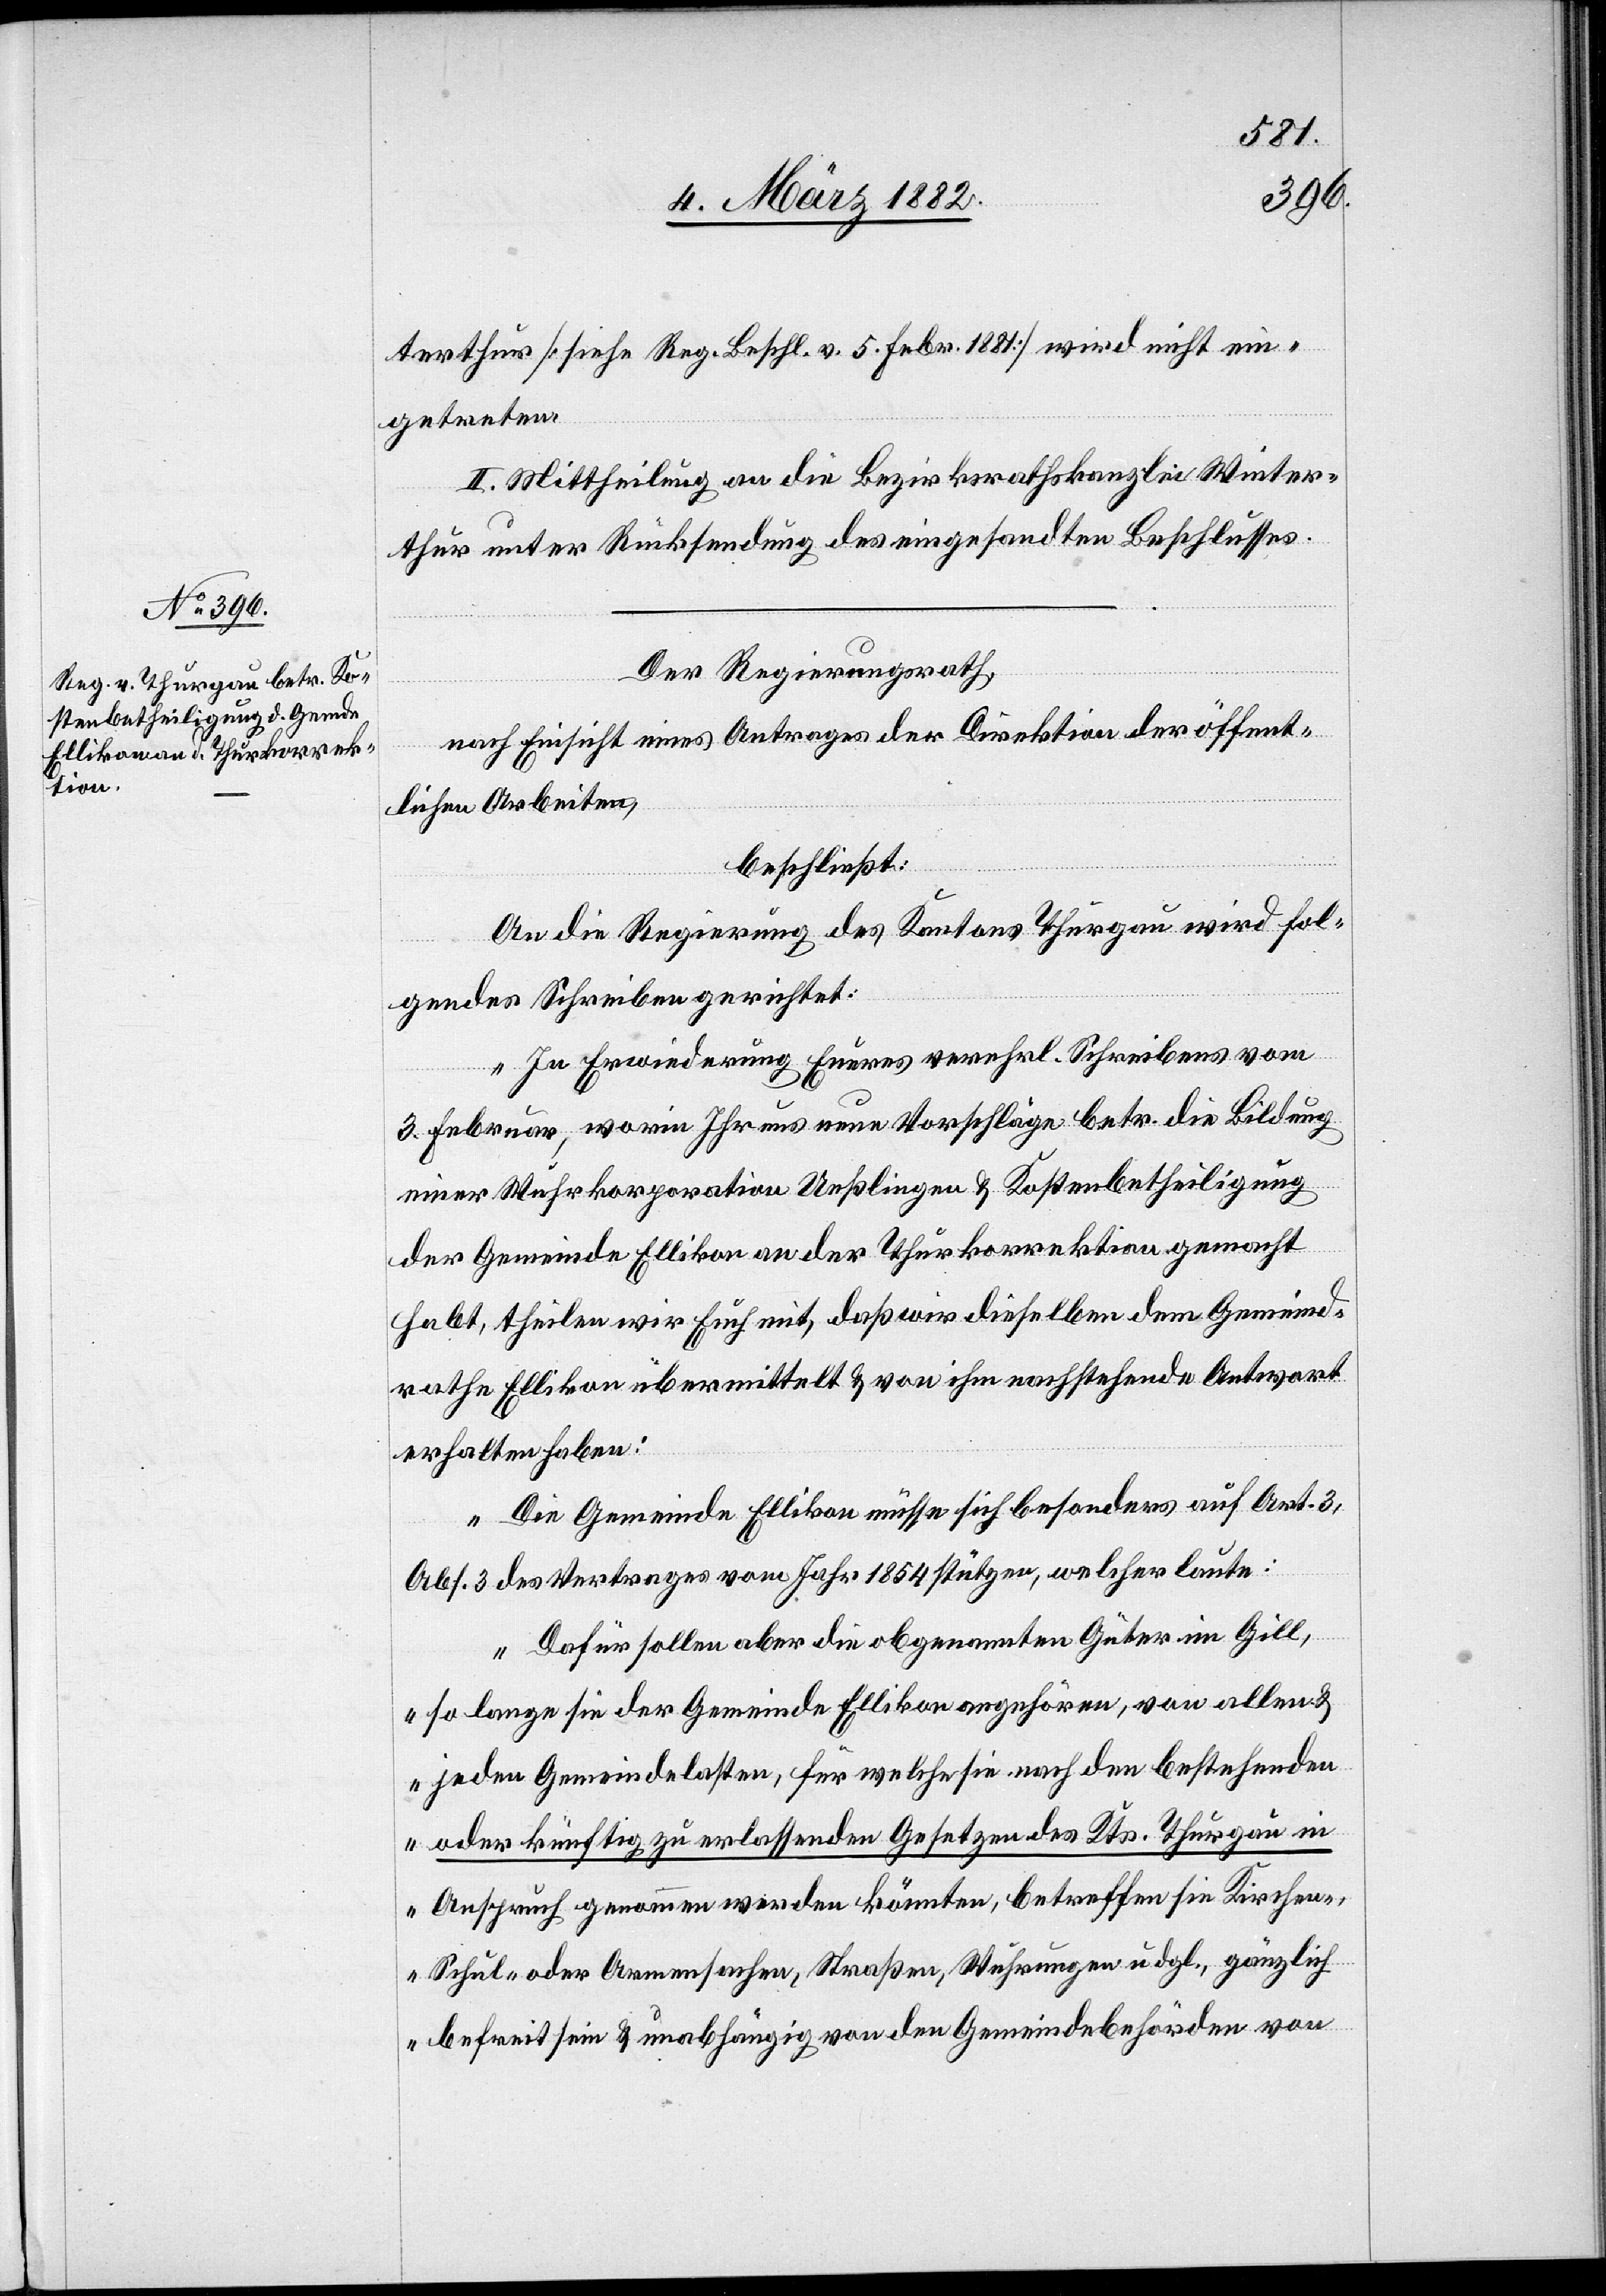
terthur [siehe Reg. Beschl. v. 5. Febr. 1881] wird nicht ein¬
getreten.
II. Mittheilung an die Bezirksrathskanzlei Winter¬
thur unter Rücksendung des eingesandten Beschlusses.
Der Regierungsrath,
nach Einsicht eines Antrages der Direktion der öffent¬
lichen Arbeiten,
beschließt:
An die Regierung des Kantons Thurgau wird fol¬
gendes Schreiben gerichtet:
„In Erwiederung Eures verehrl. Schreibens vom
3. Februar, worin Ihr uns neue Vorschläge betr. die Bildung
einer Wuhrkorporation Ueßlingen & Kostenbetheiligung
der Gemeinde Ellikon an der Thurkorrektion gemacht
habt, theilen wir Euch mit, daß wir dieselben dem Gemeind¬
rath Ellikon übermittelt & von ihm nachstehende Antwort
„Die Gemeinde Ellikon müsse sich besonders auf Art. 3,
Abs. 3 des Vertrages vom Jahr 1854 stützen, welcher laute:
Dafür sollen aber die obgenannten Güter im Gill,
so lange sie der Gemeinde Ellikon angehören, von allen &
jeden Gemeindelasten, für welche sie nach den bestehenden
oder künftig zu erlassenden Gesetzen des Kts. Thurgau in
Anspruch genommen werden könnten, betreffen sie Kirchen-,
Schul- oder Armensachen, Straßen, Wuhrungen u. dgl., gänzlich
befreit sein & unabhängig von den Gemeindebehörden von